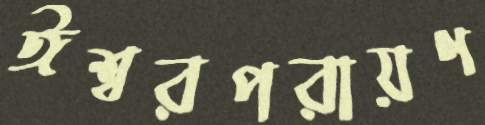
ঈশ্বরপরায়ণ